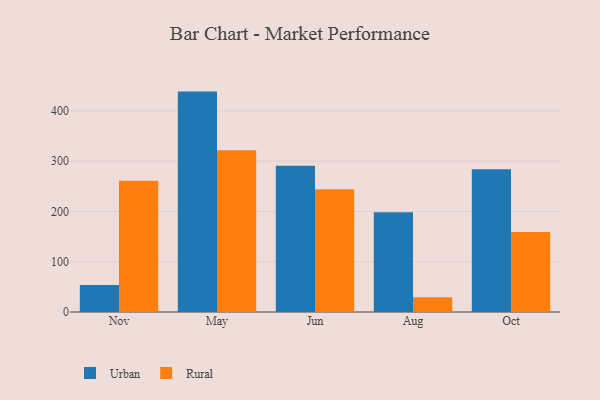
{"axis": {"x": "Month", "y": "Satisfaction Score"}, "legend": ["Rural", "Urban"], "data": [{"x": "Nov", "y": 53.9, "type": "Urban"}, {"x": "Nov", "y": 260.8, "type": "Rural"}, {"x": "May", "y": 438.3, "type": "Urban"}, {"x": "May", "y": 321.9, "type": "Rural"}, {"x": "Jun", "y": 290.8, "type": "Urban"}, {"x": "Jun", "y": 243.9, "type": "Rural"}, {"x": "Aug", "y": 198.4, "type": "Urban"}, {"x": "Aug", "y": 29.2, "type": "Rural"}, {"x": "Oct", "y": 283.7, "type": "Urban"}, {"x": "Oct", "y": 159.3, "type": "Rural"}]}